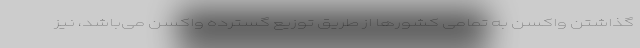
گذاشتن واکسن به تمامی کشورها از طریق توزیع گسترده واکسن می‌باشد، نیز